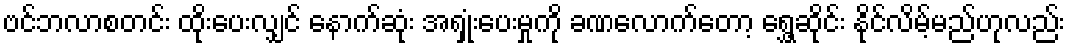
ဗင်ဘလာစတင်း ထိုးပေးလျှင် နောက်ဆုံး အရှုံးပေးမှုကို ခဏလောက်တော့ ရွှေ့ဆိုင်း နိုင်လိမ့်မည်ဟုလည်း